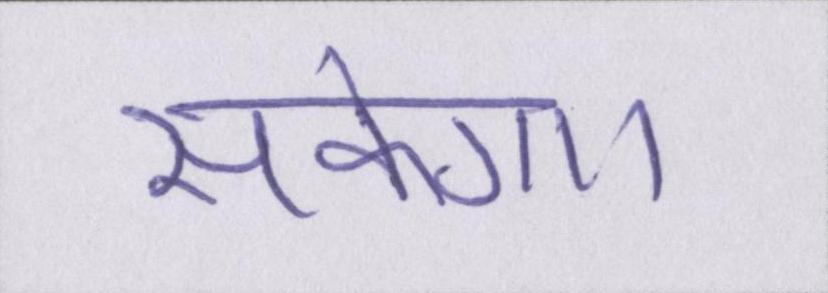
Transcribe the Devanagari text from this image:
सकेगा।